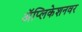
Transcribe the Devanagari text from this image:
अॅप्लिकेशनवर